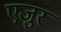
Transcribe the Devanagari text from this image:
एजुर